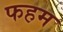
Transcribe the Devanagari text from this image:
फहम